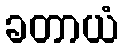
ခတာယံ